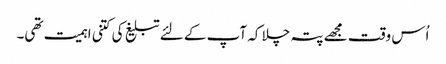
اُس وقت مجھے پتہ چلا کہ آپ کے لئے تبلیغ کی کتنی اہمیت تھی۔